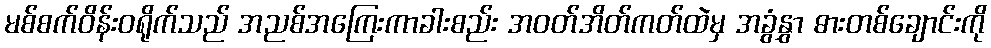
မစ်စက်ဝိန်းဝရိုက်သည် အညစ်အကြေးကာခါးစည်း အဝတ်အိတ်ကတ်ထဲမှ အခွံနွှာ ဓားတစ်ချောင်းကို